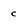
Character: c